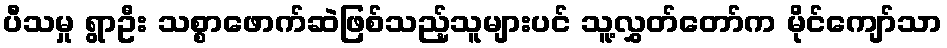
ပီသမှု ရွာဦး သစ္စာဖောက်ဆဲဖြစ်သည့်သူများပင် သူ့လွှတ်တော်က မိုင်ကျော်သာ